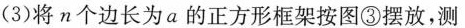
(3)将n个边长为a的正方形框架按图③摆放，测